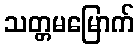
သတ္တမမြောက်